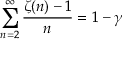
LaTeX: \sum _ { n = 2 } ^ { \infty } { \frac { \zeta ( n ) - 1 } { n } } = 1 - \gamma